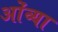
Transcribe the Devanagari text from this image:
ओंव्या